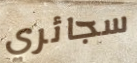
سجائري